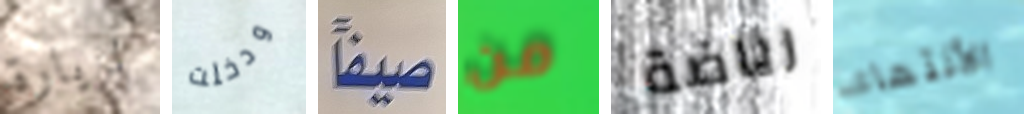
لزيارة ودخلت صيفاً من رياضة الأنتهاء